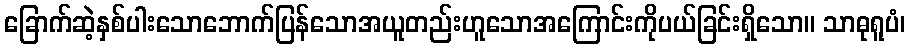
ခြောက်ဆဲ့နှစ်ပါးသောဘောက်ပြန်သောအယူတည်းဟူသောအကြောင်းကိုပယ်ခြင်းရှိသော။ သာဓုရူပံ၊